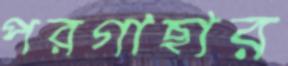
পরগাছার